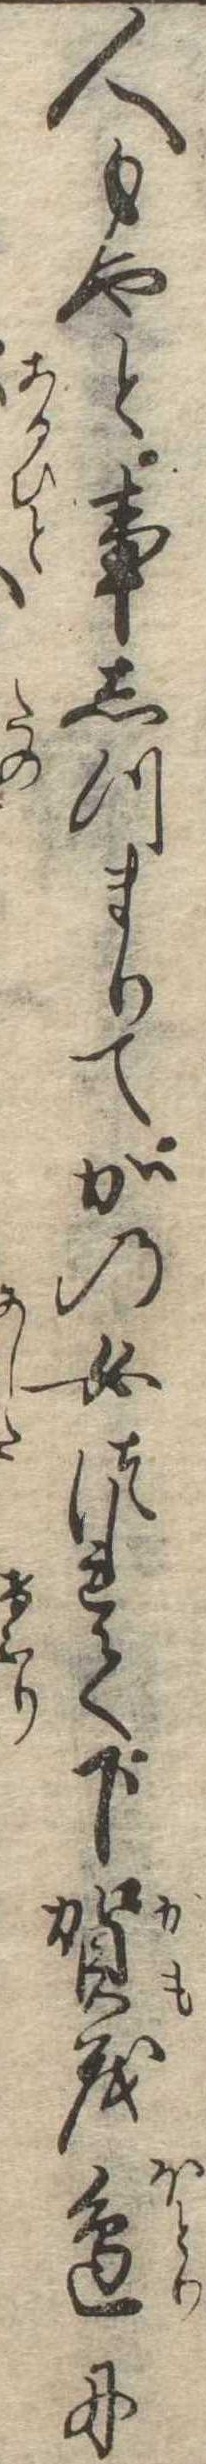
人もやと事しつまりてかの女つれて下賀茂辺に